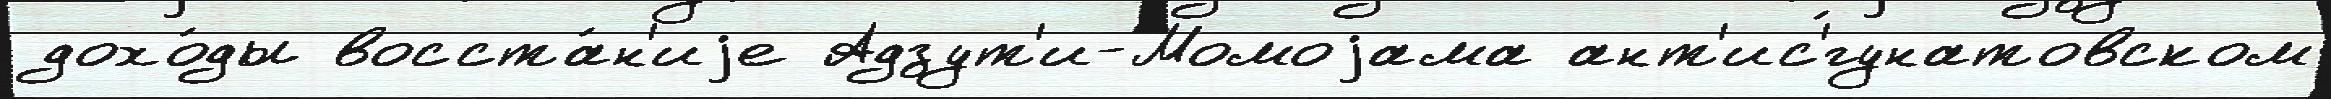
дохо́ды восста́н'иjе Адзут'и-Момоjама ант'ис'́гунатовском